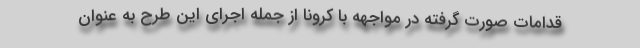
قدامات صورت گرفته در مواجهه با کرونا از جمله اجرای این طرح به عنوان